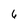
Character: 6